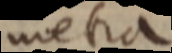
metra